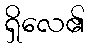
ရှိလေ၏